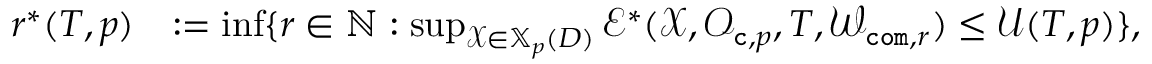
\begin{array} { r l } { r ^ { * } ( T , p ) } & { : = \operatorname* { i n f } \{ r \in \mathbb { N } : \operatorname* { s u p } _ { \mathcal { X } \in \mathbb { X } _ { p } ( D ) } \mathcal { E } ^ { * } ( \mathcal { X } , \mathcal { O } _ { { \tt c } , p } , T , \mathcal { W } _ { { \tt c o m } , r } ) \leq \mathcal { U } ( T , p ) \} , } \end{array}